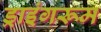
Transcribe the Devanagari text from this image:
ड्राइंगरूम